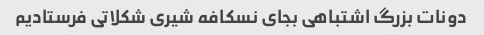
دونات بزرگ اشتباهی بجای نسکافه شیری شکلاتی فرستادیم